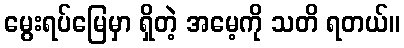
မွေးရပ်မြေမှာ ရှိတဲ့ အမေ့ကို သတိ ရတယ်။